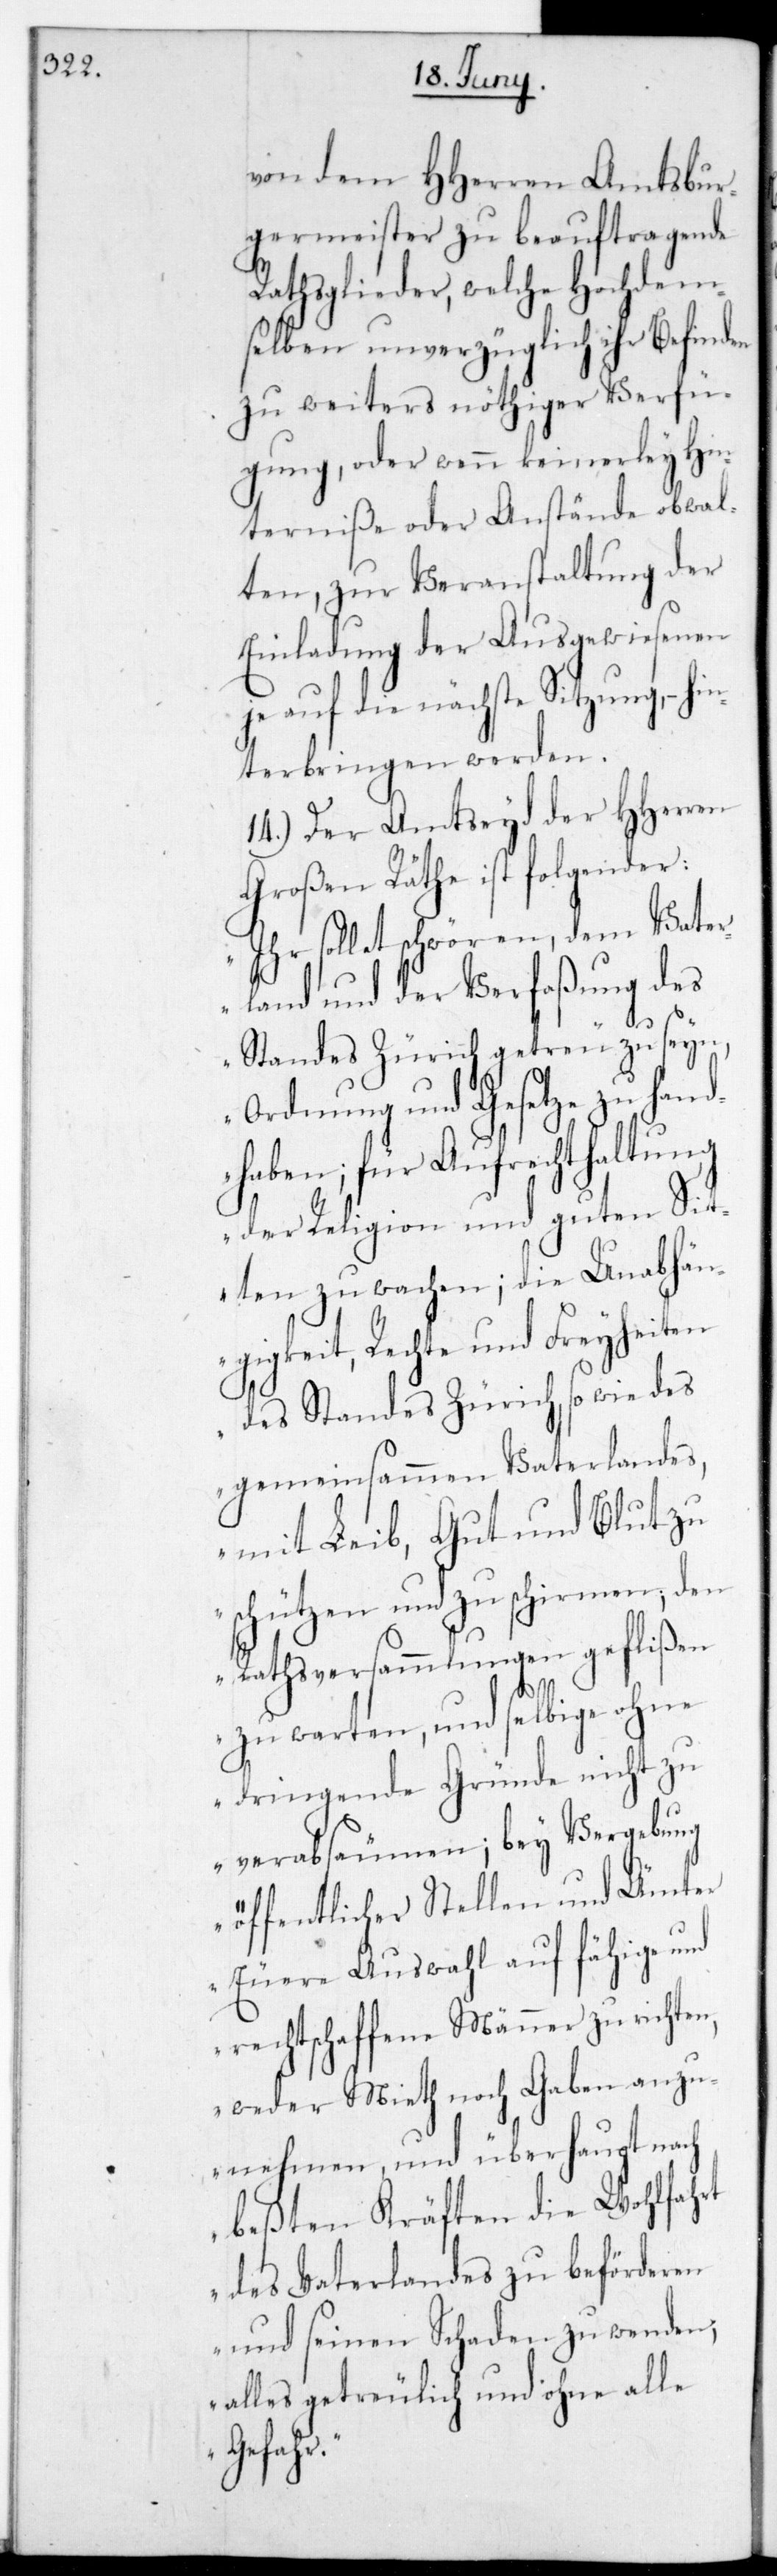
von dem HHerren Amtsbur¬
germeister zu beauftragende
Rathsglieder, welche hochdem¬
selben unverzüglich ihr Befinden
zu weiters nöthiger Verfü¬
gung, oder wenn keinerlei Hin¬
derniße oder Anstände obwal¬
ten, zur Veranstaltung der
Einladung der Ausgewiesenen
je auf die nächste Sitzung, – hin¬
terbringen werden.
14.) Der Amtseid der HHerren
Großen Räthe ist folgender:
„Ihr sollet schwören, dem Vater¬
land und der Verfaßung des
Standes Zürich getreu zu seyn,
Ordnung und Gesetze zu hand¬
haben; für Aufrechthaltung
der Religion und guten Sit¬
ten zu wachen; die Unabhän¬
gigkeit, Rechte und Freyheiten
des Standes Zürich, sowie des
gemeinsamen Vaterlandes,
mit Leib, Gut und Blut zu
schützen und zu schirmen, den
Rathsversammlungen geflißen
zu warten, und selbige ohne
dringende Gründe nicht zu
verabsäumen; bey Vergebung
öffentlicher Stellen und Ämter
eure Auswahl auf fähige und
rechtschaffene Männer zu richten,
weder Miet noch Gaben anzu¬
nehmen und überhaupt nach
beßten Kräften die Wohlfahrt
des Vaterlandes zu beförderen
und seinen Schaden zu wenden,
alles getreulich und ohne alle
Gefahr.“